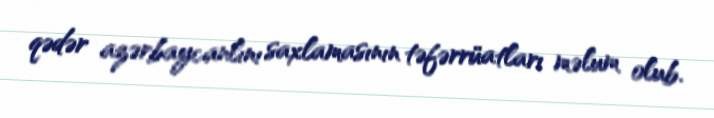
qədər azərbaycanlını saxlamasının təfərrüatları məlum olub.